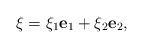
LaTeX: \begin{align*}\xi=\xi_1\textbf{e}_1+\xi_2\textbf{e}_2, \end{align*}